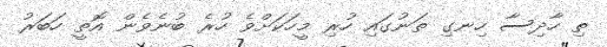
ތި ހާދިސާ ހިނގި ތަނުގައި ހުރި މީހަކަށްވެ ހުރެ ބުނެވެން އޮތީ ހަބަރު